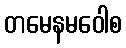
တမေနမဝေါစ